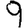
Digit: 9